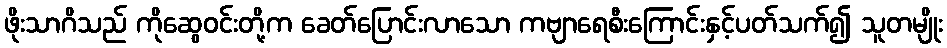
ဖိုးသာဂိသည် ကိုဆွေဝင်းတို့က ခေတ်ပြောင်းလာသော ကဗျာရေစီးကြောင်းနှင့်ပတ်သက်၍ သူတမျိုး